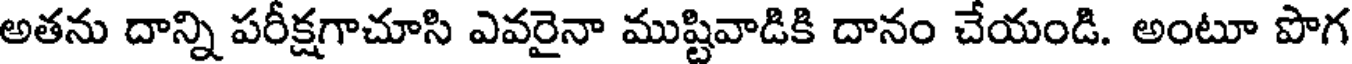
అతను దాన్ని పరీక్షగాచూసి ఎవరైనా ముష్టివాడికి దానం చేయండి. అంటూ పొగ